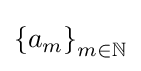
\left\{a_{m}\right\}_{m\in \mathbb {N} }